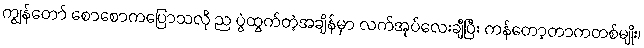
ကျွန်တော် စောစောကပြောသလို ည ပွဲထွက်တဲ့အချိန်မှာ လက်အုပ်လေးချီပြီး ကန်တော့တာကတစ်မျိုး၊